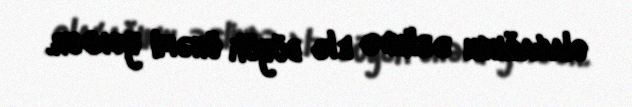
olacağının əslində elə böyük önəmi yoxdur.